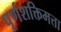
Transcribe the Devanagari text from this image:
पूर्णशक्तिमत्ता